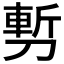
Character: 𭄇